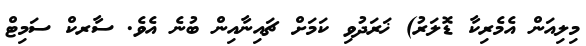
މިލިއަން އެމެރިކާ ޑޮލަރު) ޚަރަދުވި ކަމަށް ޗައިނާއިން ބުނެ އެވެ. ސާރކް ސަމިޓް